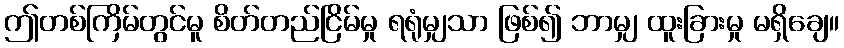
ဤတစ်ကြိမ်တွင်မူ စိတ်တည်ငြိမ်မှု ရရုံမျှသာ ဖြစ်၍ ဘာမျှ ထူးခြားမှု မရှိချေ။